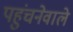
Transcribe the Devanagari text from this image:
पहुंचनेवाले